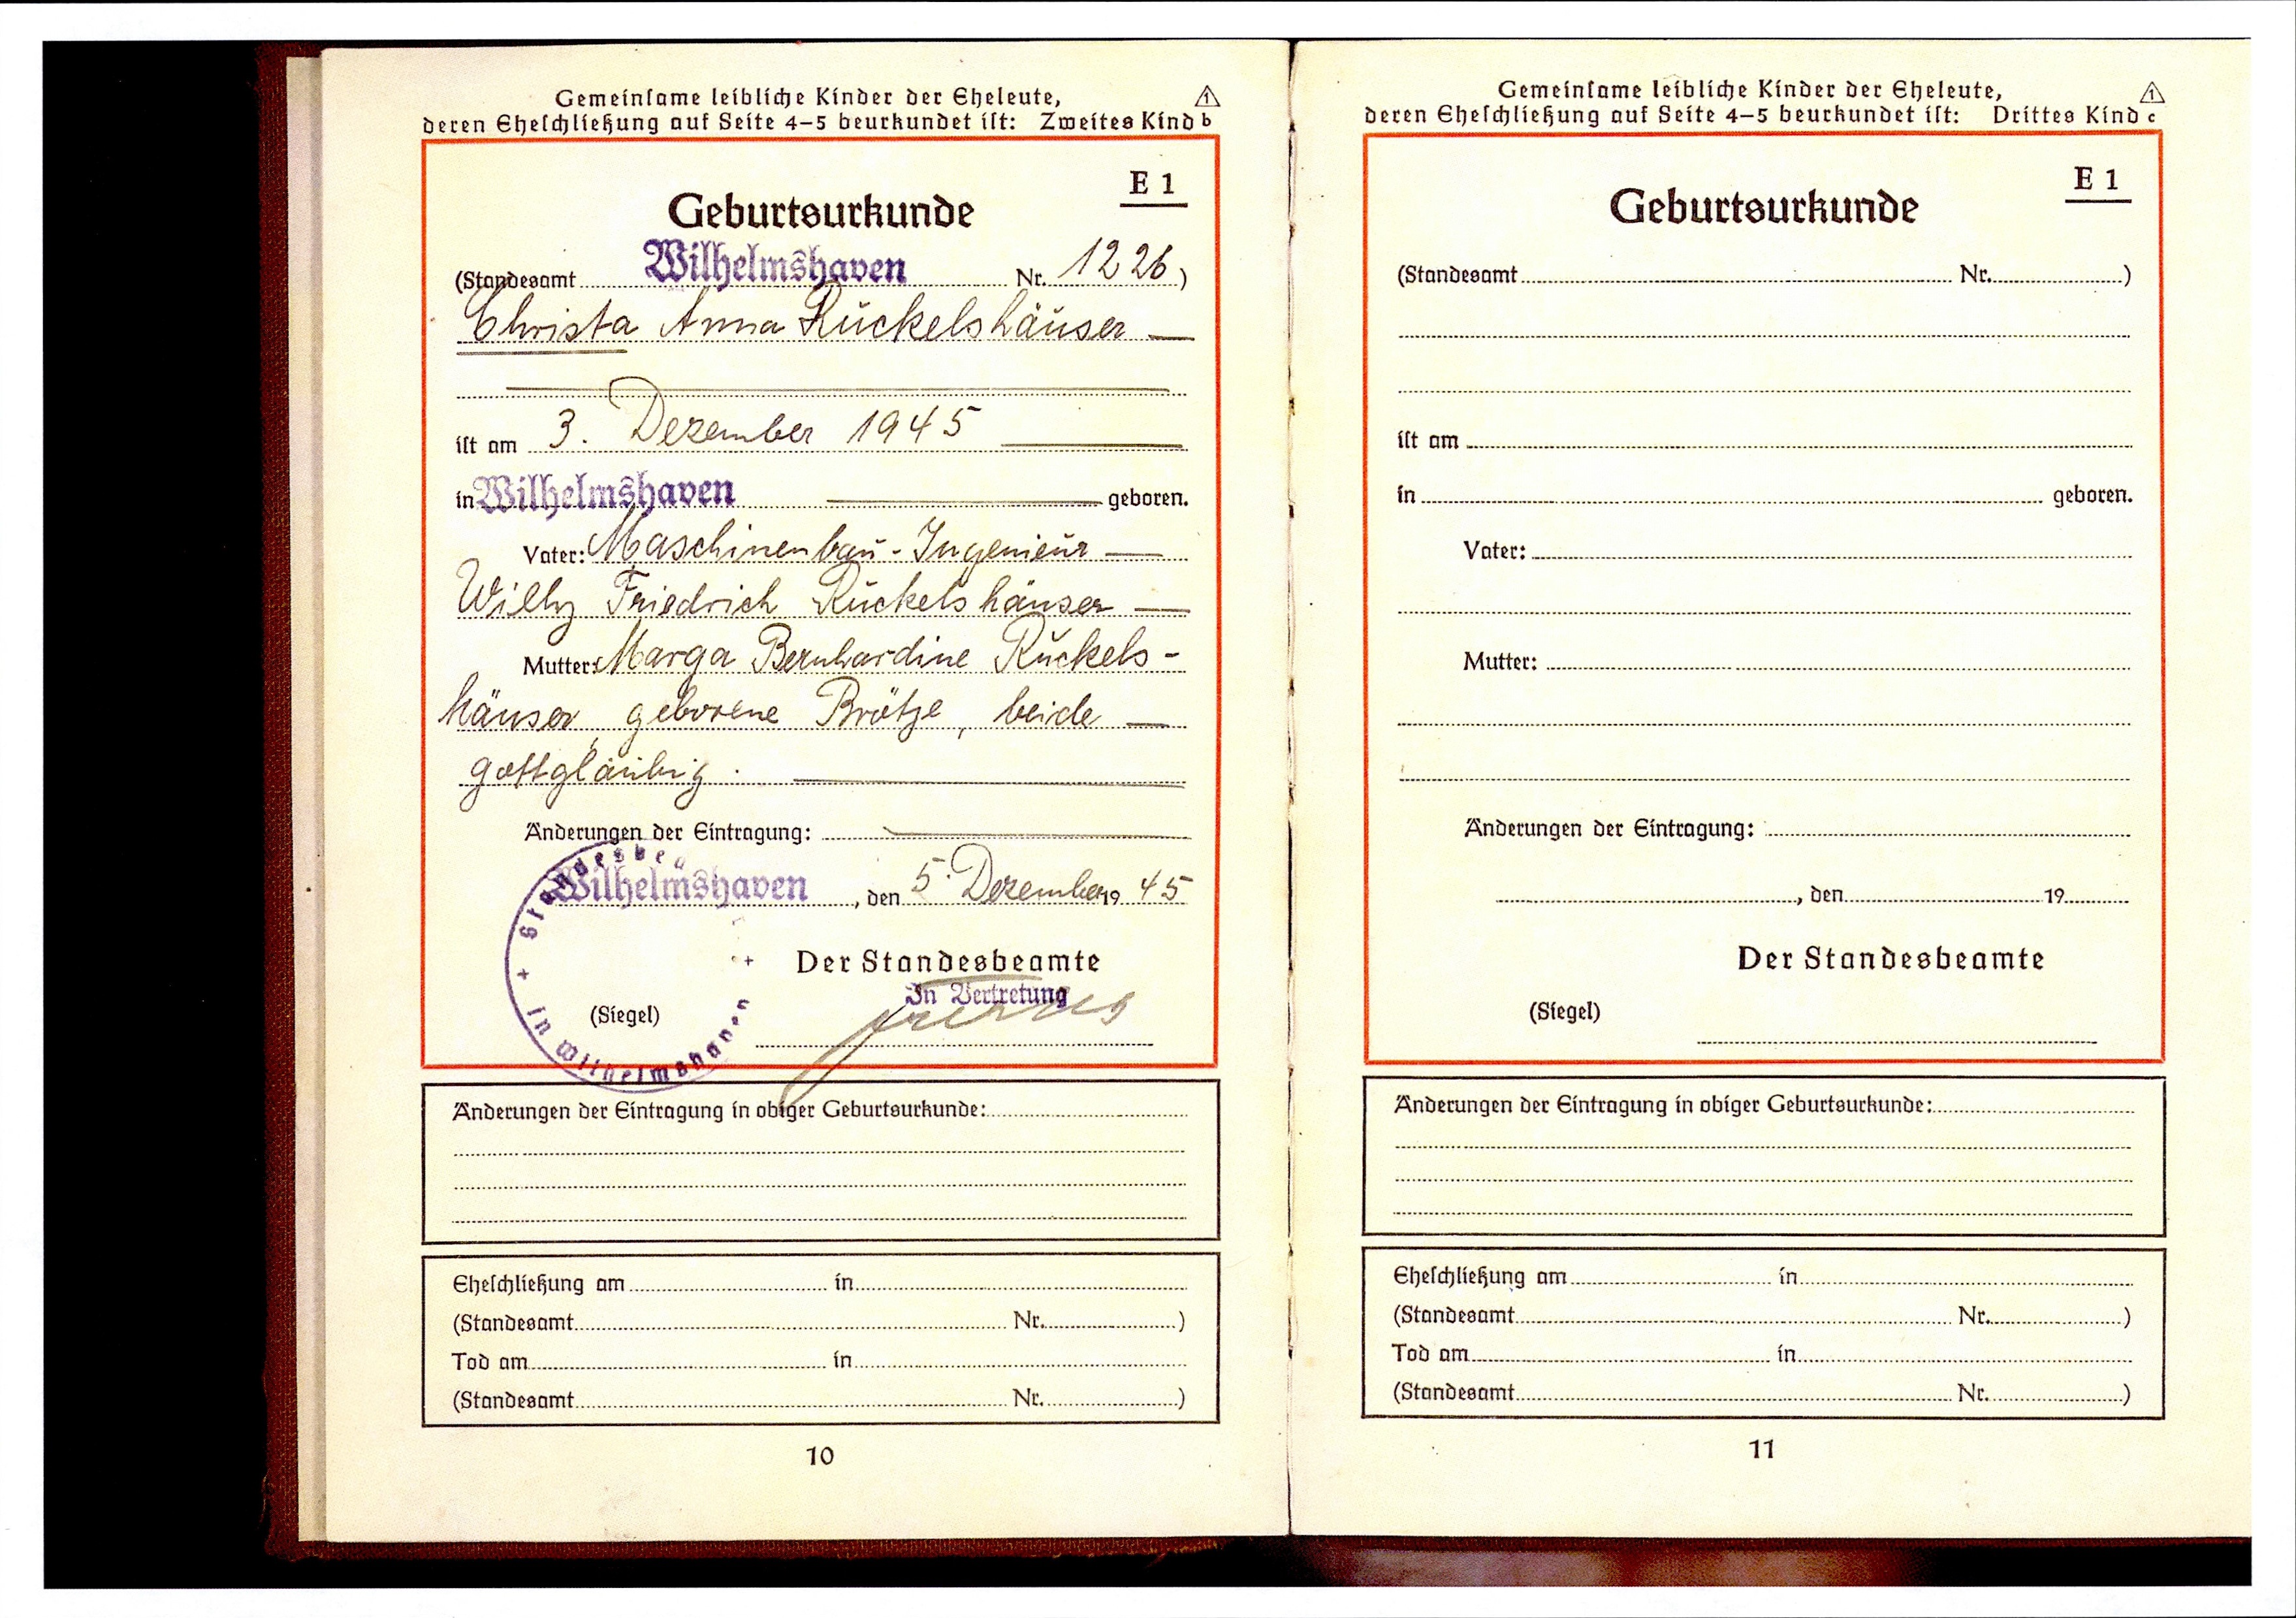
1226
Christa Anna Rückelshäuser
3. Dezember 1945
Maschinenbau - Ingenieur
Willy Friedrich Ruckelshäuser
Marga Bernhardine Ruckels¬
häuser geborene Brötje, beide
gottgläubig.
5. Dezember 1945